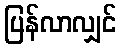
ပြန်လာလျှင်